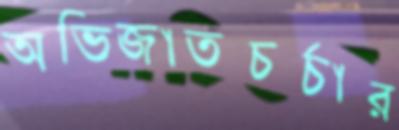
অভিজাতচর্চার